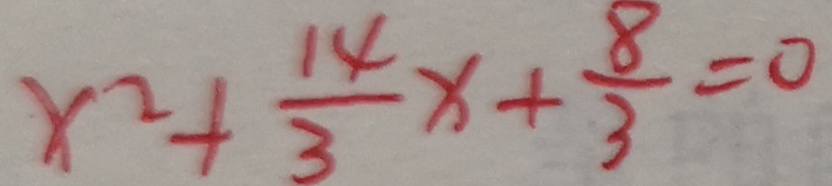
x ^ { 2 } + \frac { 1 4 } { 3 } x + \frac { 8 } { 3 } = 0